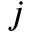
j